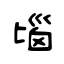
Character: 匘